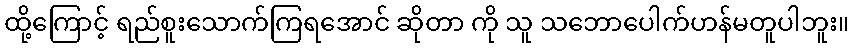
ထို့ကြောင့် ရည်စူးသောက်ကြရအောင် ဆိုတာ ကို သူ သဘောပေါက်ဟန်မတူပါဘူး။